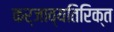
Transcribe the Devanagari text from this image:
कर्जाव्यतिरिक्त